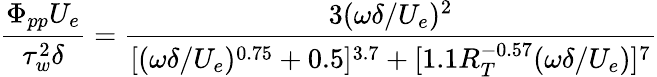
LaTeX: \frac{\Phi_{pp}U_{e}}{\tau_{w}^{2}\delta}=\frac{3(\omega\delta/U_{e})^{2}}{[(\omega\delta/U_{e})^{0.75}+0.5]^{3.7}+[1.1R_{T}^{-0.57}(\omega\delta/U_{e})]^{7}}